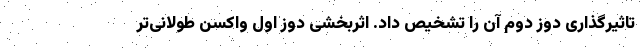
تاثیرگذاری دوز دوم آن را تشخیص داد. اثربخشی دوز اول واکسن طولانی‌تر